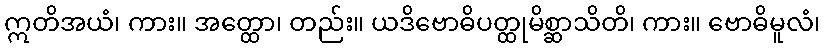
ဣတိအယံ၊ ကား။ အတ္ထော၊ တည်း။ ယဒိဗောဓိပတ္ထုမိစ္ဆာသိတိ၊ ကား။ ဗောဓိမူလံ၊